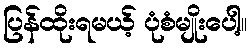
ပြန်ထိုးရမယ့် ပုံစံမျိုးပေါ့။